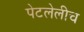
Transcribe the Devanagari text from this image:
पेटलेलीच